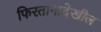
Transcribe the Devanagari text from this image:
फिरतानादेखील